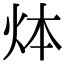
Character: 㶱